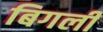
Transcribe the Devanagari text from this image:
बिगली